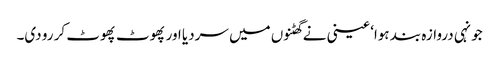
جونہی دروازہ بند ہوا‘ عینی نے گھٹنوں میں سردیا اور پھوٹ پھوٹ کر رو دی۔